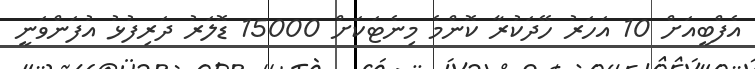
އެފްބީއަށް 10 އަހަރު ހޭދަކުރާ ކޮންމެ މިނެޓަކަށް 15000 ޑޮލަރު ދަރިފުޅު އުފަންވަނީ